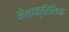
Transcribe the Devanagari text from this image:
मेथाक्रिलिक